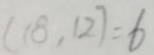
( 1 8 , 1 2 ) = 6